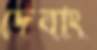
দেবাং